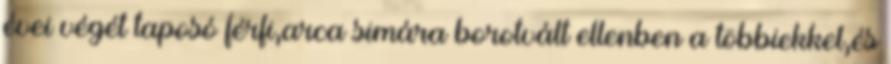
évei végét taposó férfi,arca simára borotvált ellenben a többiekkel,és